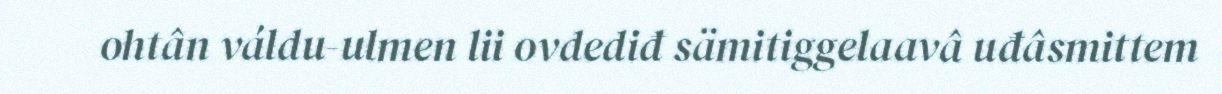
ohtân váldu-ulmen lii ovdediđ sämitiggelaavâ uđâsmittem